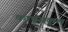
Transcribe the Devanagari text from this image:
कापूसकुल